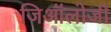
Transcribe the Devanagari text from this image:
जिऑलोजी